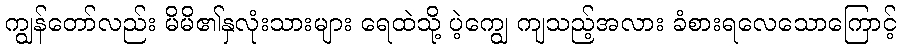
ကျွန်တော်လည်း မိမိ၏နှလုံးသားများ ရေထဲသို့ ပဲ့ကျွေ ကျသည့်အလား ခံစားရလေသောကြောင့်